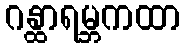
ဂန္ထာရမ္ဘကထာ